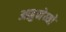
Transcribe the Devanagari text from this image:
आहुनेय्यो